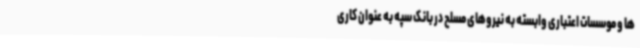
ها و موسسات اعتباری وابسته به نیروهای مسلح در بانک سپه به عنوان کاری